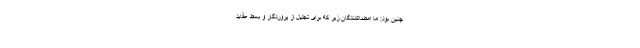
چنین بود: ما امضاکنندگان زیر که برای تجلیل از پروردگار و بسط عقاید